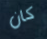
كان